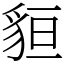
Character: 貆